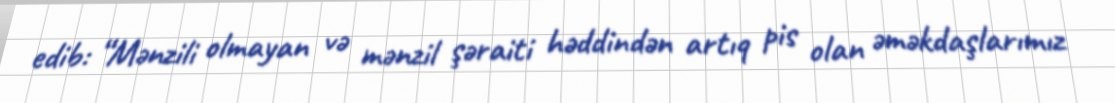
edib: “Mənzili olmayan və mənzil şəraiti həddindən artıq pis olan əməkdaşlarımız